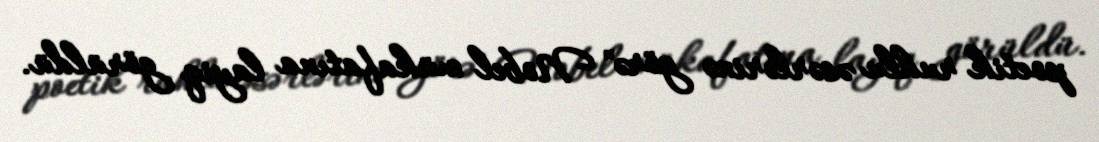
poetik ruhlu əsərlərinə görə" Nobel mükafatına layiq görüldü.